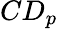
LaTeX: CD_{p}